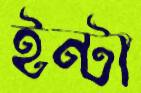
ইন্টা